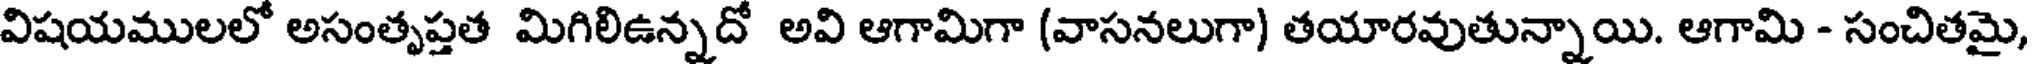
విషయములలో అసంతృప్తత మిగిలిఉన్నదో అవి ఆగామిగా (వాసనలుగా) తయారవుతున్నాయి. ఆగామి - సంచితమై,